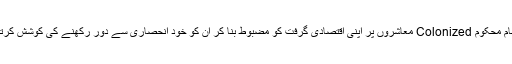
یہ نظام محکوم Colonized معاشروں پر اپنی اقتصادی گرفت کو مضبوط بنا کر ان کو خود انحصاری سے دور رکھنے کی کوشش کرتا ہے۔